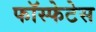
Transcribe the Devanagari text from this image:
फॉस्फेटेस